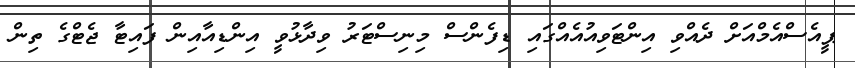
ޕީއެސްއެމްއަށް ދެއްވި އިންޓަވިއުއެއްގައި ޑިފެންސް މިނިސްޓަރު ވިދާޅުވީ އިންޑިއާއިން ފައިޓާ ޖެޓްގެ ތިން